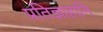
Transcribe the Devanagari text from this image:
प्रतिज्ञाहानि